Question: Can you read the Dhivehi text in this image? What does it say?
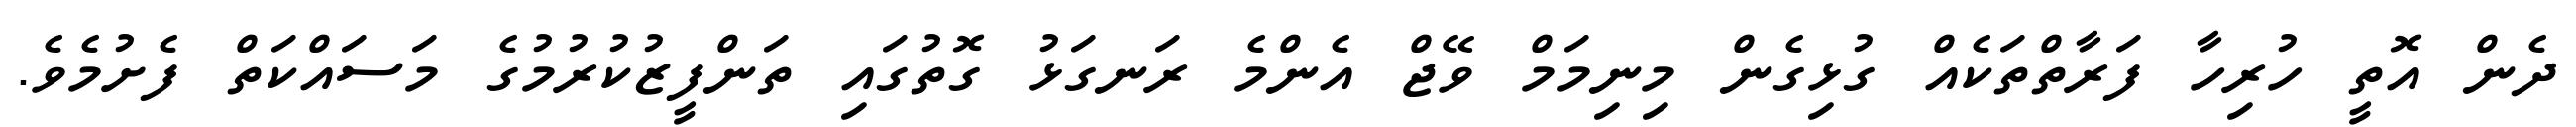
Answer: ދެން އޮތީ ހުރިހާ ފަރާތްތަކެއް ގުޅިގެން މިނިމަމް ވޭޖް އެންމެ ރަނގަޅު ގޮތުގައި ތަންފީޒުކުރުމުގެ މަސައްކަތް ފެށުމެވެ.